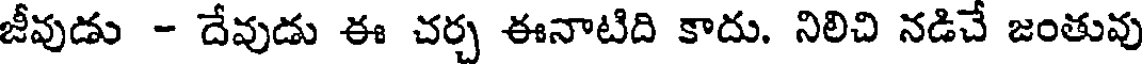
జీవుడు - దేవుడు ఈ చర్చ ఈనాటిది కాదు. నిలిచి నడిచే జంతువు